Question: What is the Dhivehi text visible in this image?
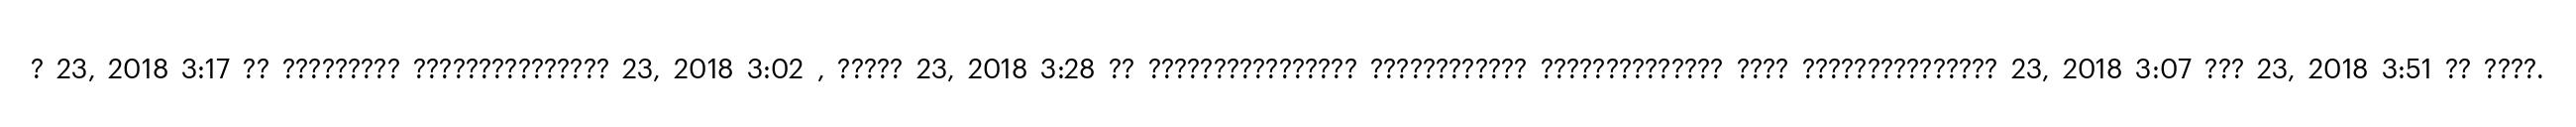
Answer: ? 23, 2018 3:17 ?? ????????? ??????????????? 23, 2018 3:02 , ????? 23, 2018 3:28 ?? ???????????????? ???????????? ?????????????? ???? ??????????????? 23, 2018 3:07 ??? 23, 2018 3:51 ?? ????.